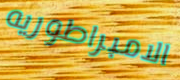
الامبراطوريه